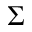
\Sigma